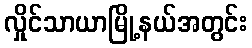
လှိုင်သာယာမြို့နယ်အတွင်း